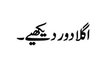
اگلا دور دیکھیے۔